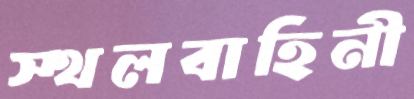
স্থলবাহিনী